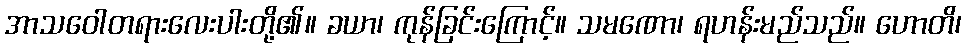
အာသဝေါတရားလေးပါးတို့၏။ ခယာ၊ ကုန်ခြင်းကြောင့်။ သမဏော၊ ရဟန်းမည်သည်။ ဟောတိ၊